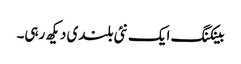
بینکنگ ایک نئی بلندی دیکھ رہی۔